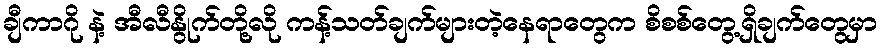
ချီကာဂို နဲ့ အီလီနွိုက်တို့လို ကန့်သတ်ချက်များတဲ့နေရာတွေက စိစစ်တွေ့ရှိချက်တွေမှာ